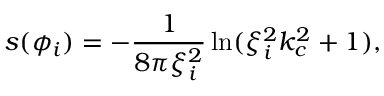
s ( \phi _ { i } ) = - \frac { 1 } { 8 \pi \xi _ { i } ^ { 2 } } \ln ( \xi _ { i } ^ { 2 } k _ { c } ^ { 2 } + 1 ) ,